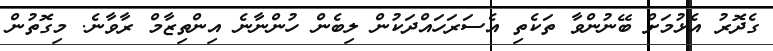
ގެދޮރު އެޅުމަށް ބޭނުންވާ ތަކެތި އެސަރަހައްދަކުން ލިބެން ހުންނާނެ އިންތިޒާމް ރާވާނެ. މިގޮތުން